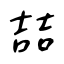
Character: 喆